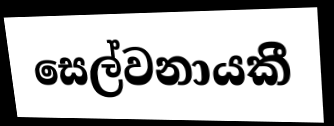
සෙල්වනායකී